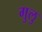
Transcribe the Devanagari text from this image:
गुलु